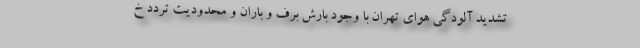
تشدید آلودگی هوای تهران با وجود بارش برف و باران و محدودیت تردد خ